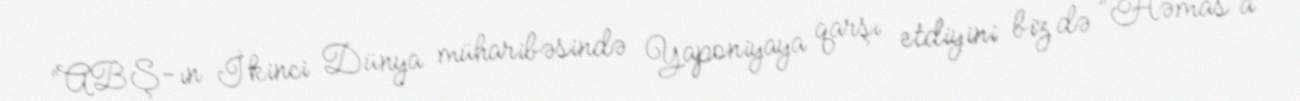
“ABŞ-ın İkinci Dünya müharibəsində Yaponiyaya qarşı etdiyini biz də ”Həmas"a